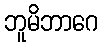
ဘူမိဘာဂေ